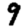
Digit: 9